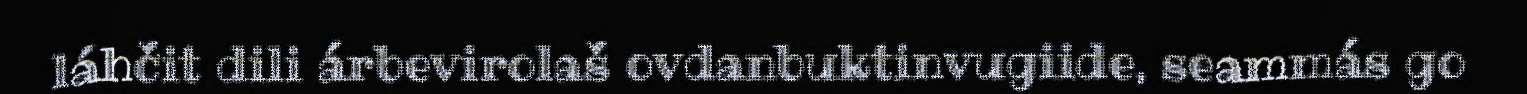
láhčit dili árbevirolaš ovdanbuktinvugiide, seammás go